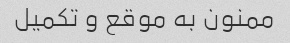
ممنون به موقع و تکمیل